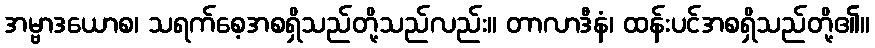
အမ္ဗာဒယောစ၊ သရက်စေ့အစရှိသည်တို့သည်လည်း။ တာလာဒီနံ၊ ထန်းပင်အစရှိသည်တို့၏။